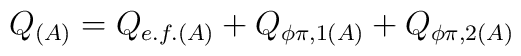
Q_{(A)} = Q_{e.f.(A)} + Q_{\phi \pi ,1(A)} + Q_{\phi \pi ,2(A)}